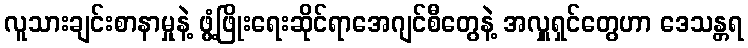
လူသားချင်းစာနာမှုနဲ့ ဖွံ့ဖြိုးရေးဆိုင်ရာအေဂျင်စီတွေနဲ့ အလှူရှင်တွေဟာ ဒေသန္တရ